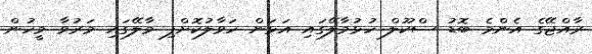
ރާއްޖޭގެ އެންމެ ބޮޑު ސްކޫލް ހުޅުމާލޭގައި އަޅަން ހަވާލުކޮށްފި މާލޭގައި މަރުވާ މީހުން